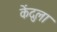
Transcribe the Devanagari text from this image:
केंदुला